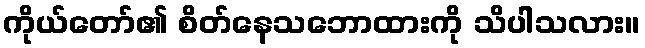
ကိုယ်တော်၏ စိတ်နေသဘောထားကို သိပါသလား။